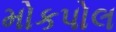
મોકપોલ